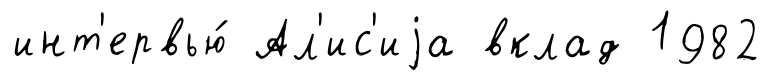
инт'ервью́ Ал'ис'иjа вклад 1982